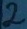
Text: 2